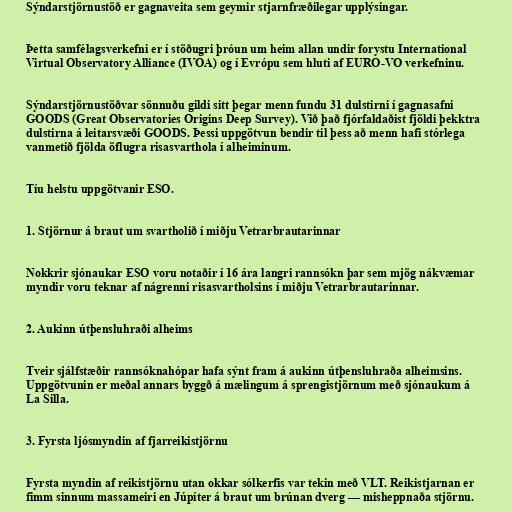
Sýndarstjörnustöð er gagnaveita sem geymir stjarnfræðilegar upplýsingar.

Þetta samfélagsverkefni er í stöðugri þróun um heim allan undir forystu International
Virtual Observatory Alliance (IVOA) og í Evrópu sem hluti af EURO-VO verkefninu.

Sýndarstjörnustöðvar sönnuðu gildi sitt þegar menn fundu 31 dulstirni í gagnasafni
GOODS (Great Observatories Origins Deep Survey). Við það fjórfaldaðist fjöldi þekktra
dulstirna á leitarsvæði GOODS. Þessi uppgötvun bendir til þess að menn hafi stórlega
vanmetið fjölda öflugra risasvarthola í alheiminum.

Tíu helstu uppgötvanir ESO.

1. Stjörnur á braut um svartholið í miðju Vetrarbrautarinnar

Nokkrir sjónaukar ESO voru notaðir í 16 ára langri rannsókn þar sem mjög nákvæmar
myndir voru teknar af nágrenni risasvartholsins í miðju Vetrarbrautarinnar.

2. Aukinn útþensluhraði alheims

Tveir sjálfstæðir rannsóknahópar hafa sýnt fram á aukinn útþensluhraða alheimsins.
Uppgötvunin er meðal annars byggð á mælingum á sprengistjörnum með sjónaukum á
La Silla.

3. Fyrsta ljósmyndin af fjarreikistjörnu

Fyrsta myndin af reikistjörnu utan okkar sólkerfis var tekin með VLT. Reikistjarnan er
fimm sinnum massameiri en Júpíter á braut um brúnan dverg — misheppnaða stjörnu.